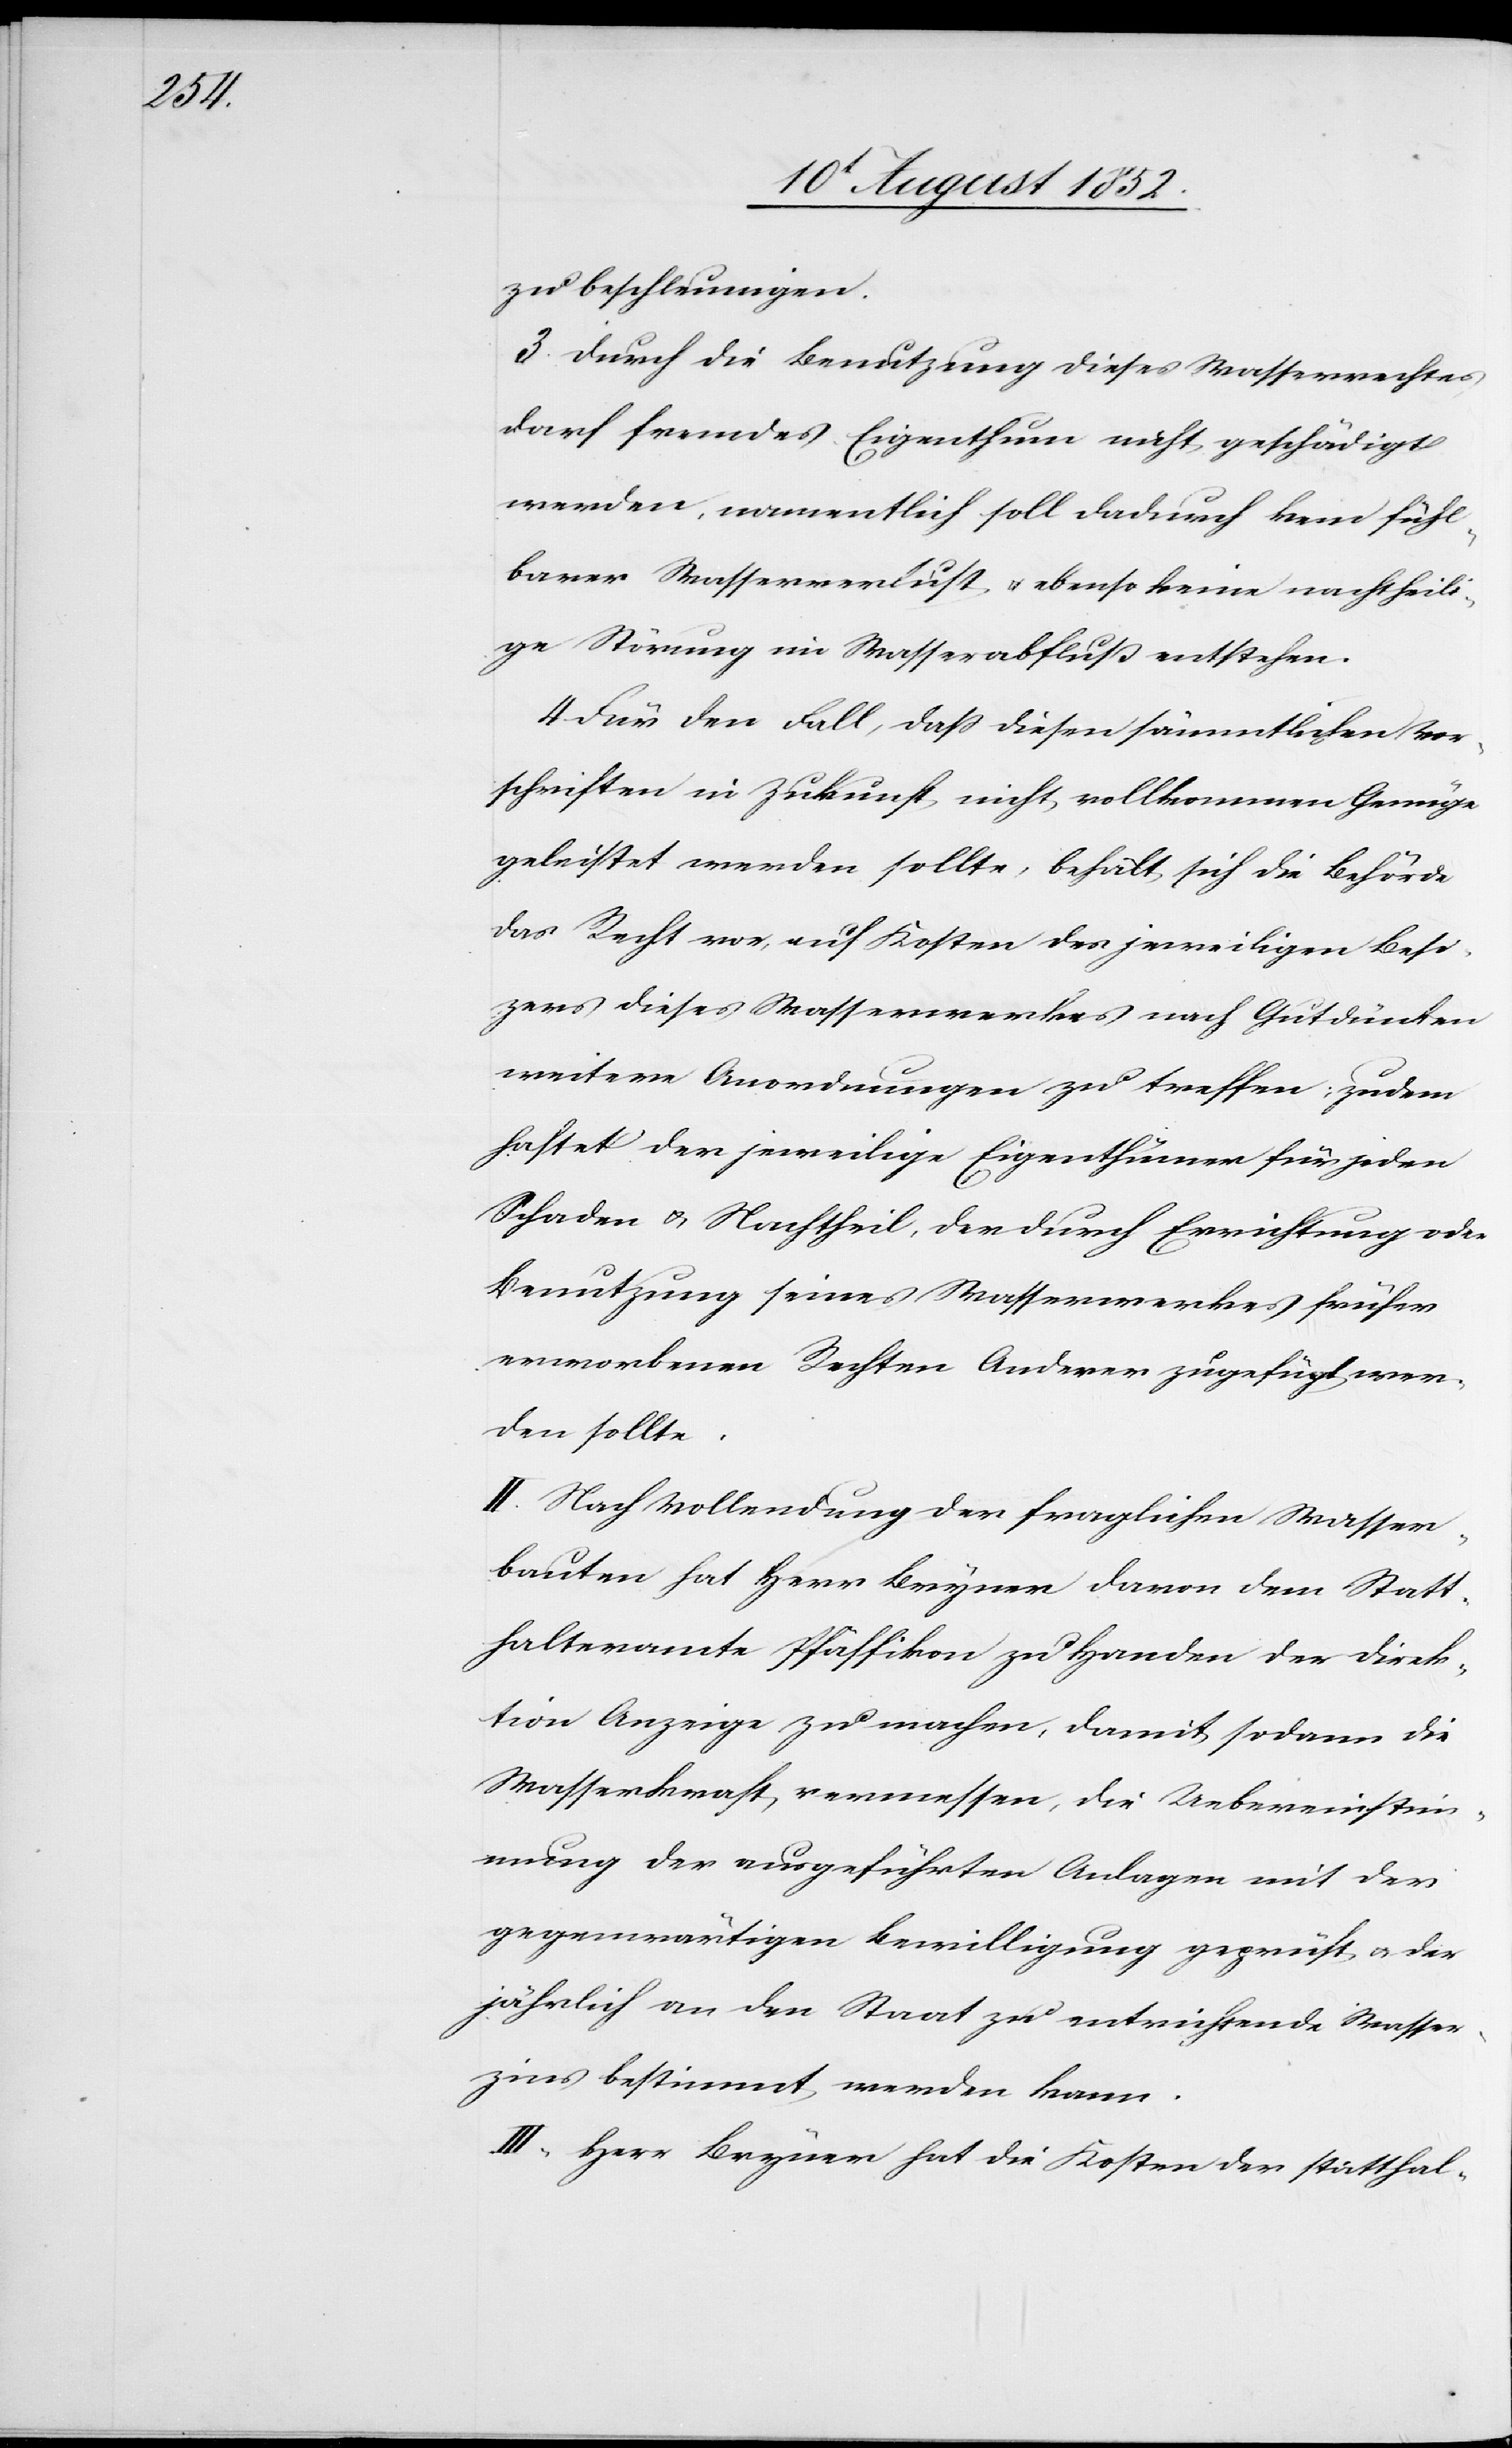
zu beschleunigen.
3. Durch die Benutzung dieses Wasserrechtes
darf fremdes Eigenthum nicht geschädigt
werden, namentlich soll dadurch kein fühl¬
barer Wasserverlust & ebenso keine nachtheili¬
ge Störung im Wasserabfluß entstehen.
4. Für den Fall, dass diesen sämmtlichen Vor¬
schriften in Zukunft nicht vollkommen Genüge
geleistet werden sollte, behält sich die Behörde
das Recht vor, auf Kosten des jeweiligen Besi[t]z¬
ers dieses Wasserwerkes nach Gutdünken
weitere Anordnungen zu treffen; zudem
haftet der jeweilige Eigenthümer für jeden
Schaden & Nachtheil, der durch Errichtung oder
Benutzung seines Wasserwerkes früher
erworbenen Rechten Anderer zugefügt wer¬
den sollte.
II. Nach Vollendung der fraglichen Wasser¬
bauten hat Herr Bryner davon dem Statt¬
halteramte Pfäffikon zu Handen der Direk¬
tion Anzeige zu machen, damit sodann die
Wasserkraft vermessen, die Uebereinstim¬
mung der ausgeführten Anlagen mit der
gegenwärtigen Bewilligung geprüft & der
jährlich an den Staat zu entrichtende Wasser¬
zins bestimmt werden kann.
III, Herr Bryner hat die Kosten der statthal-